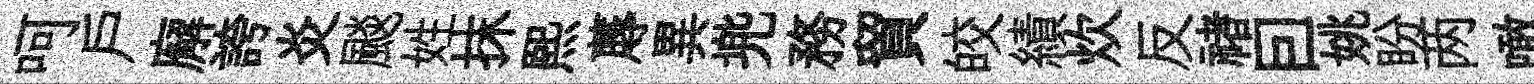
呵戶廨誇炎颷姓抹熙蓐異兠務貿皎績炊反禇囙姚盼两噉